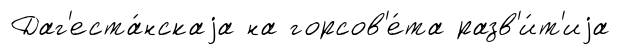
Даг'еста́нскаjа на горсов'е́та разв'и́т'иjа